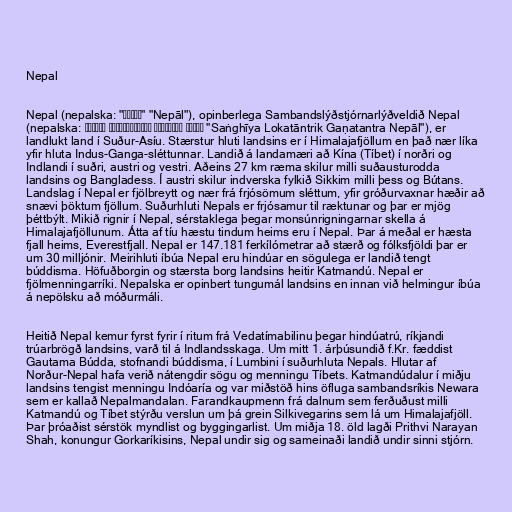
Nepal

Nepal (nepalska: "नेपाल" "Nepāl"), opinberlega Sambandslýðstjórnarlýðveldið Nepal
(nepalska: सङ्घीय लोकतान्त्रिक गणतन्त्र नेपाल "Saṅghīya Lokatāntrik Gaṇatantra Nepāl"), er
landlukt land í Suður-Asíu. Stærstur hluti landsins er í Himalajafjöllum en það nær líka
yfir hluta Indus-Ganga-sléttunnar. Landið á landamæri að Kína (Tíbet) í norðri og
Indlandi í suðri, austri og vestri. Aðeins 27 km ræma skilur milli suðausturodda
landsins og Bangladess. Í austri skilur indverska fylkið Sikkim milli þess og Bútans.
Landslag í Nepal er fjölbreytt og nær frá frjósömum sléttum, yfir gróðurvaxnar hæðir að
snævi þöktum fjöllum. Suðurhluti Nepals er frjósamur til ræktunar og þar er mjög
þéttbýlt. Mikið rignir í Nepal, sérstaklega þegar monsúnrigningarnar skella á
Himalajafjöllunum. Átta af tíu hæstu tindum heims eru í Nepal. Þar á meðal er hæsta
fjall heims, Everestfjall. Nepal er 147.181 ferkílómetrar að stærð og fólksfjöldi þar er
um 30 milljónir. Meirihluti íbúa Nepal eru hindúar en sögulega er landið tengt
búddisma. Höfuðborgin og stærsta borg landsins heitir Katmandú. Nepal er
fjölmenningarríki. Nepalska er opinbert tungumál landsins en innan við helmingur íbúa
á nepölsku að móðurmáli.

Heitið Nepal kemur fyrst fyrir í ritum frá Vedatímabilinu þegar hindúatrú, ríkjandi
trúarbrögð landsins, varð til á Indlandsskaga. Um mitt 1. árþúsundið f.Kr. fæddist
Gautama Búdda, stofnandi búddisma, í Lumbini í suðurhluta Nepals. Hlutar af
Norður-Nepal hafa verið nátengdir sögu og menningu Tíbets. Katmandúdalur í miðju
landsins tengist menningu Indóaría og var miðstöð hins öfluga sambandsríkis Newara
sem er kallað Nepalmandalan. Farandkaupmenn frá dalnum sem ferðuðust milli
Katmandú og Tíbet stýrðu verslun um þá grein Silkivegarins sem lá um Himalajafjöll.
Þar þróaðist sérstök myndlist og byggingarlist. Um miðja 18. öld lagði Prithvi Narayan
Shah, konungur Gorkaríkisins, Nepal undir sig og sameinaði landið undir sinni stjórn.